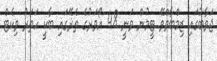
ޖަވާބުގައި ޒިމްބާވްވޭ ޓީމުން ވަނީ 48 އޯވަރުގެ ތެޜޭގައި ބާކީ ހަތަރު ވިކެޓް